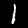
Digit: 1